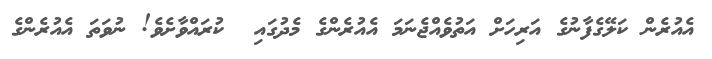
އެއުރެން ކަލޭގެފާނުގެ އަރިހަށް އަތުވެއްޖެނަމަ އެއުރެންގެ މެދުގައި  ކުރައްވާށެވެ! ނުވަތަ އެއުރެންގެ